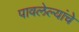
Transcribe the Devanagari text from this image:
पावलेल्यांचे